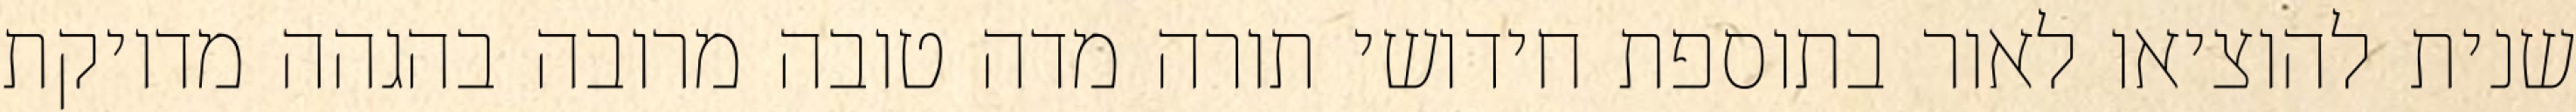
שנית להוציאו לאור בתוספת חידושי תורה מדה טובה מרובה בהגהה מדויקת